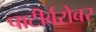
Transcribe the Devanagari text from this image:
पाटीर्बरोबर